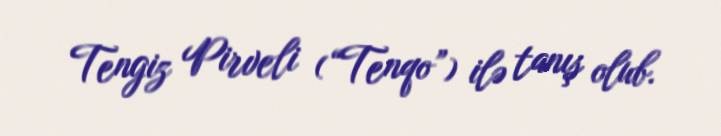
Tengiz Pirveli (“Tenqo”) ilə tanış olub.